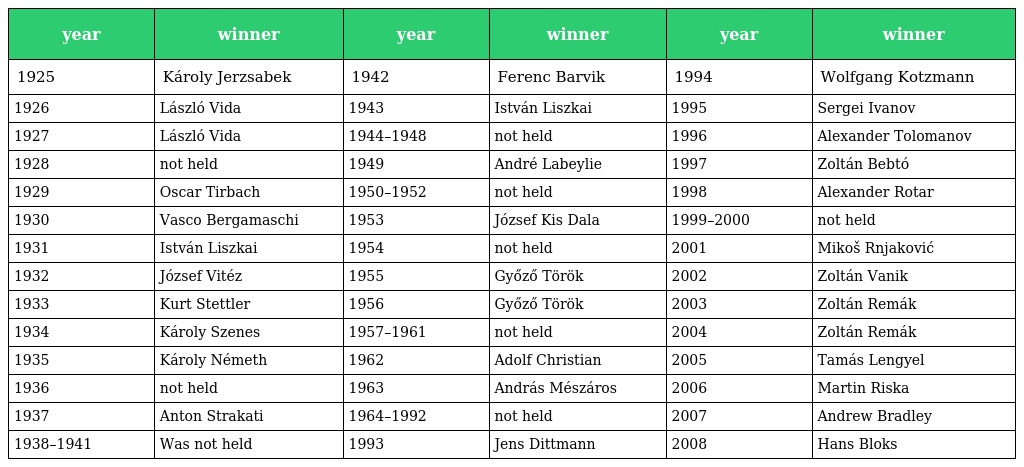
| year | winner | year | winner | year | winner |
 | --- | --- | --- | --- | --- | --- |
 | 1925 | Károly Jerzsabek | 1942 | Ferenc Barvik | 1994 | Wolfgang Kotzmann |
 | 1926 | László Vida | 1943 | István Liszkai | 1995 | Sergei Ivanov |
 | 1927 | László Vida | 1944–1948 | not held | 1996 | Alexander Tolomanov |
 | 1928 | not held | 1949 | André Labeylie | 1997 | Zoltán Bebtó |
 | 1929 | Oscar Tirbach | 1950–1952 | not held | 1998 | Alexander Rotar |
 | 1930 | Vasco Bergamaschi | 1953 | József Kis Dala | 1999–2000 | not held |
 | 1931 | István Liszkai | 1954 | not held | 2001 | Mikoš Rnjaković |
 | 1932 | József Vitéz | 1955 | Győző Török | 2002 | Zoltán Vanik |
 | 1933 | Kurt Stettler | 1956 | Győző Török | 2003 | Zoltán Remák |
 | 1934 | Károly Szenes | 1957–1961 | not held | 2004 | Zoltán Remák |
 | 1935 | Károly Németh | 1962 | Adolf Christian | 2005 | Tamás Lengyel |
 | 1936 | not held | 1963 | András Mészáros | 2006 | Martin Riska |
 | 1937 | Anton Strakati | 1964–1992 | not held | 2007 | Andrew Bradley |
 | 1938–1941 | Was not held | 1993 | Jens Dittmann | 2008 | Hans Bloks |